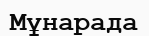
Мұнарада